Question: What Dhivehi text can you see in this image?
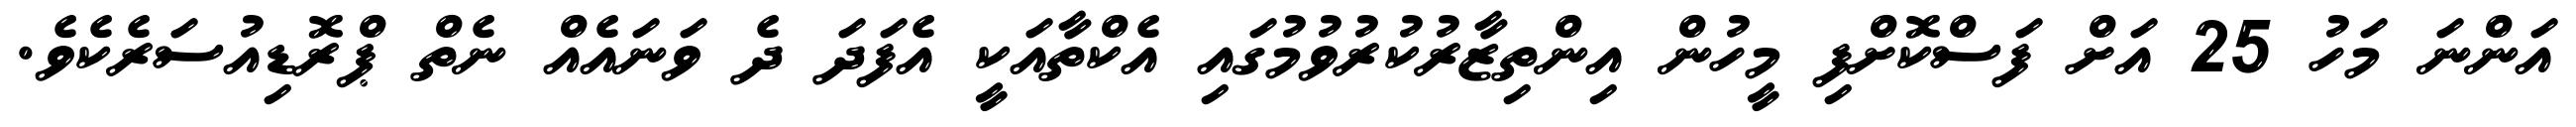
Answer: އަންނަ މަހު 25 އަށް ފަސްކޮށްފި މީހުން އިންތިޒާރުކުރުވުމުގައި އެކްތާއަކީ އެފަދަ ދެ ވަނައެއް ނެތް ޕްރޮޑިއުސަރެކެވެ.